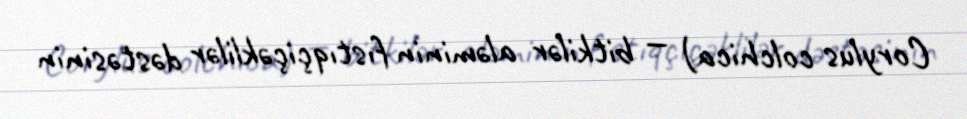
Corylus colchica) — bitkilər aləminin fıstıqçiçəklilər dəstəsinin